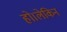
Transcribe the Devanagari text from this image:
हो।लेकिन